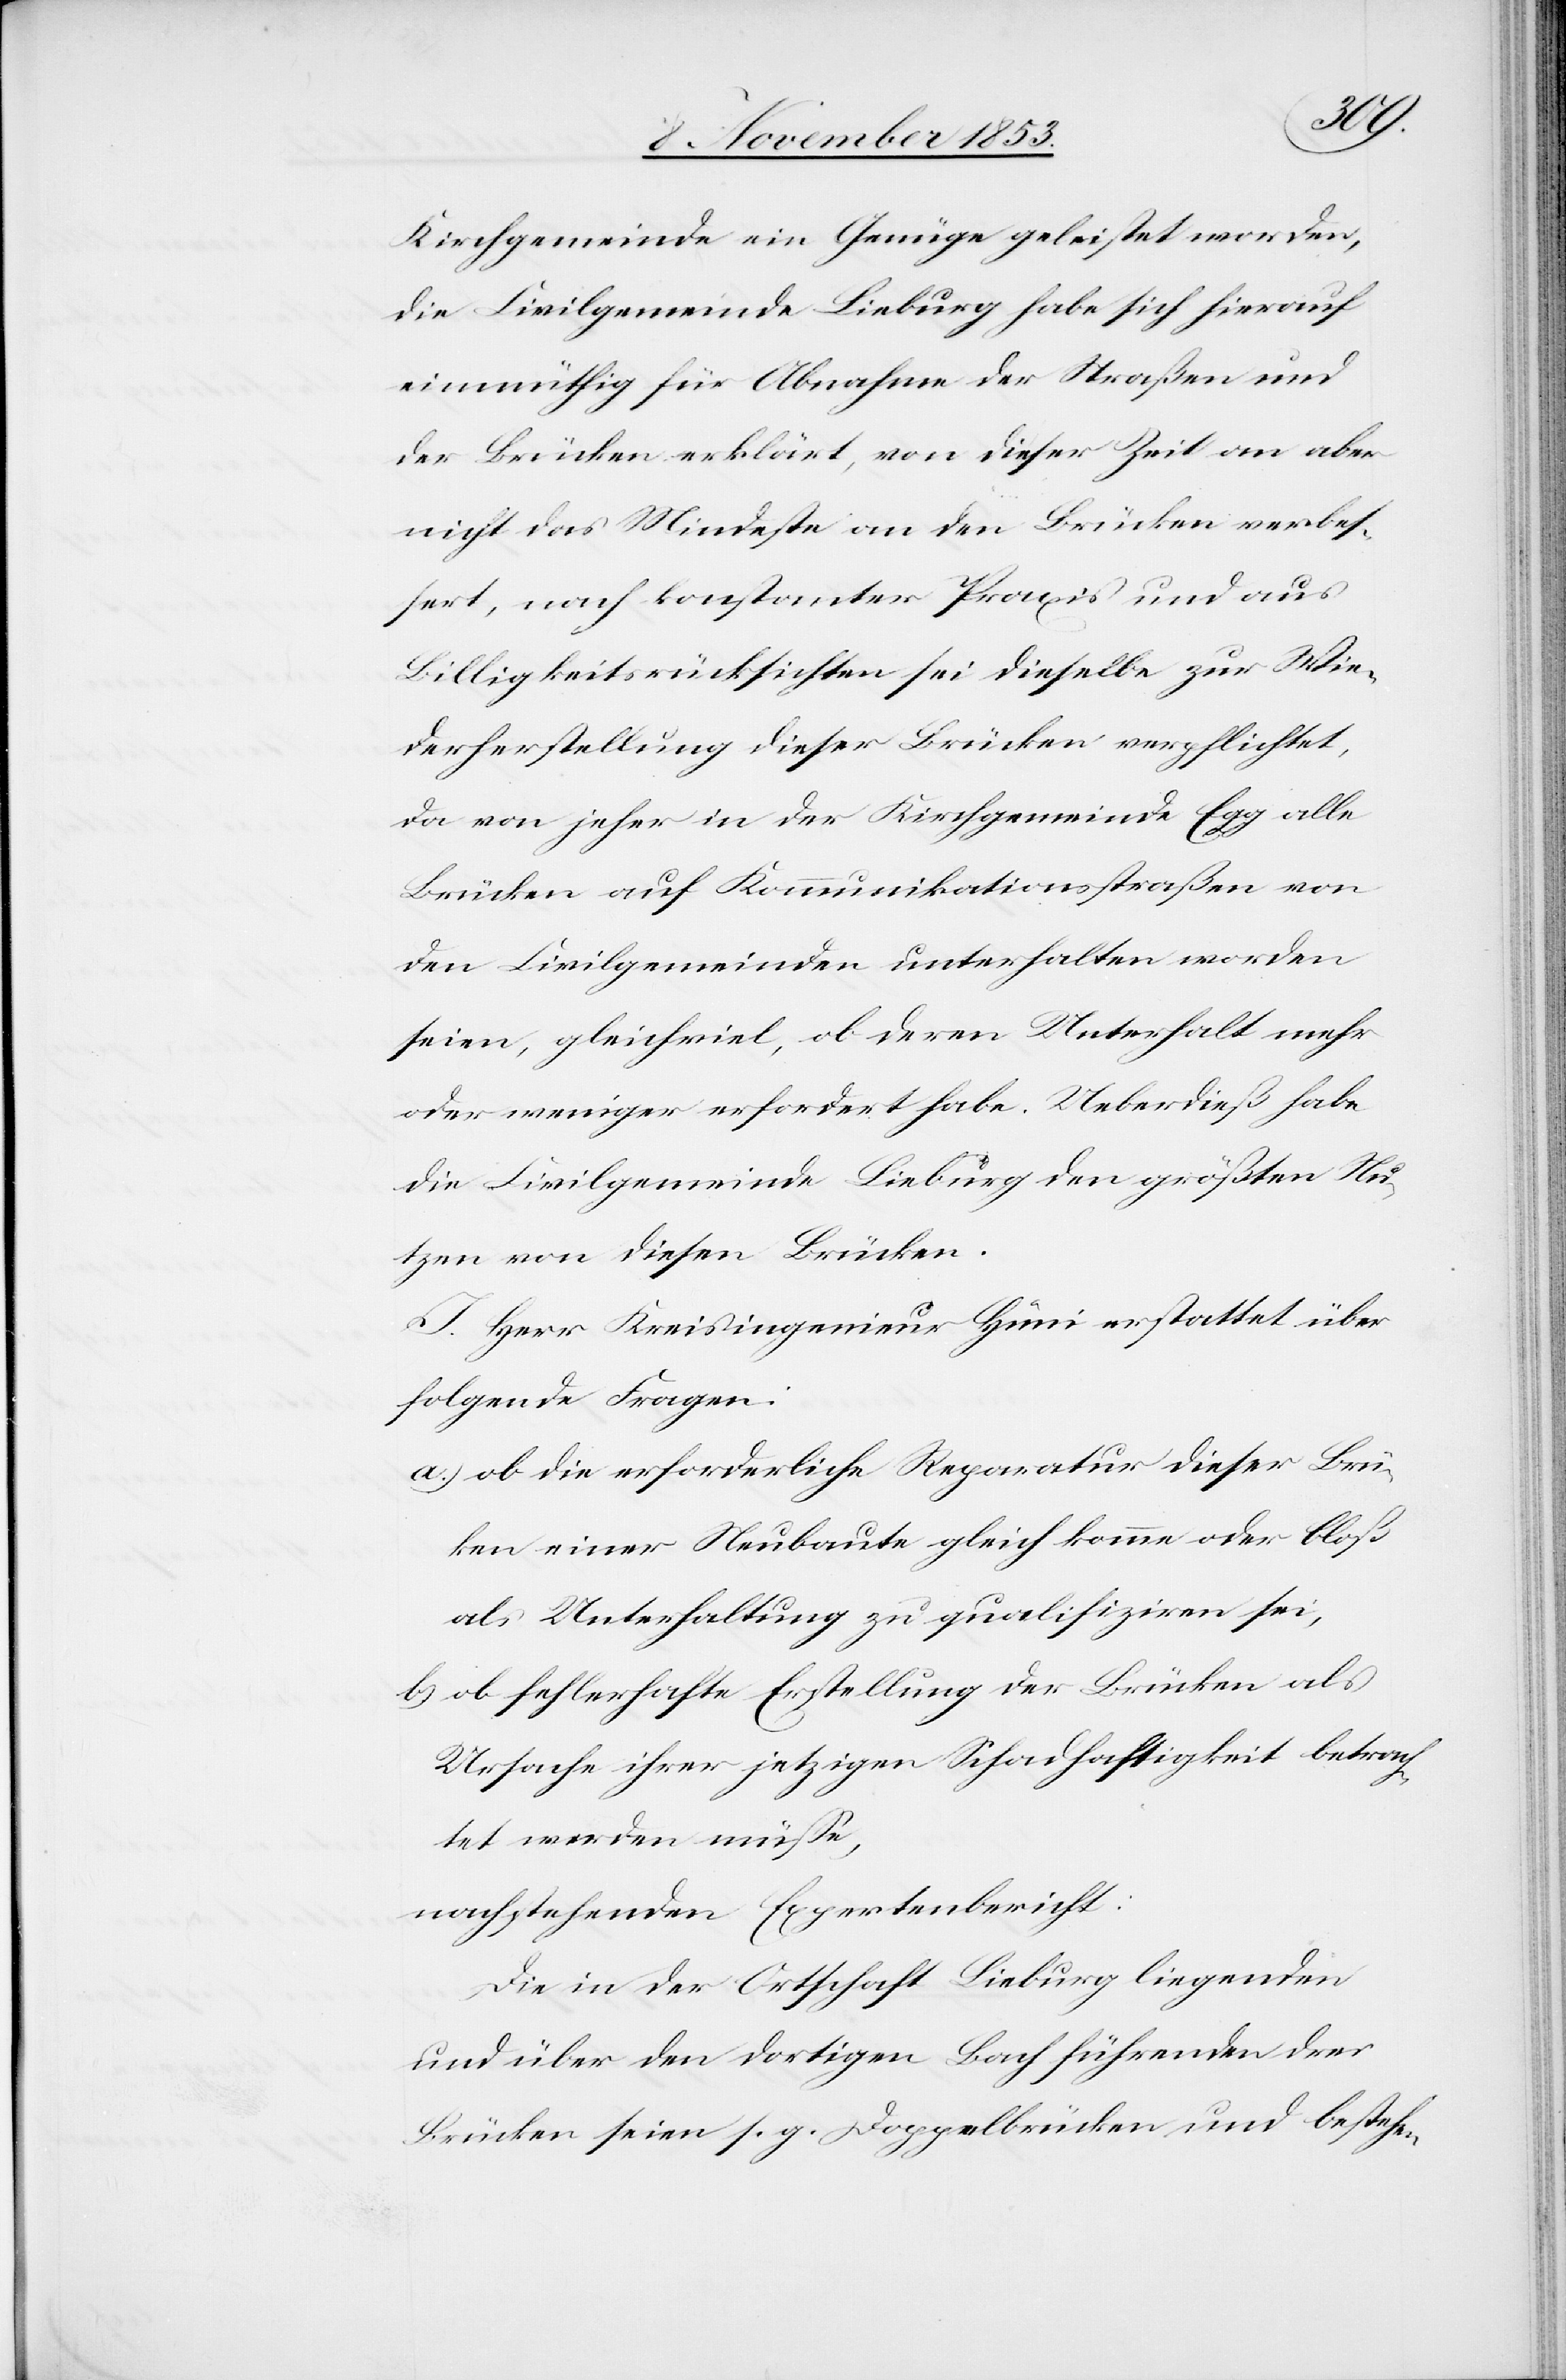
Kirchgemeinde ein Genüge geleistet worden,
die Civilgemeinde Lieburg habe sich hierauf
einmüthig für Abnahme der Straßen un¬
d Brücken erklärt, von dieser Zeit an aber
nicht das Mindeste an den Brücken verbe¬
ßert, nach konstanter Praxis und aus
Billigkeitsrücksichten sei dieselbe zur Wie¬
derherstellung dieser Brücken verpflichtet,
da von jeher in der Kirchgemeinde Egg alle
Brücken auf Kommunikationsstraßen von
den Civilgemeinden unterhalten worden
seien, gleichviel, ob deren Unterhalt mehr
oder weniger erfordert habe. Ueberdieß habe
die Civilgemeinde Lieburg den größten Nu¬
tzen von diesen Brücken.
J. Herr Kreisingenieur Hüni erstattet über
folgende Fragen:
a) ob die erforderliche Reparatur dieser Brüc¬
ken einer Neubaute gleich komme oder bloß
als Unterhaltung zu qualifiziren sei,
b) ob fehlerhafte Erstellung der Brücken als
Ursache ihrer jetzigen Schadhaftigkeit betrach¬
tet werden müße,
nachstehenden Expertenbericht:
Die in der Ortschaft Lieburg liegenden
und über den dortigen Bach führenden drei
Brücken seien s. g. Doppelbrücken und bestehen